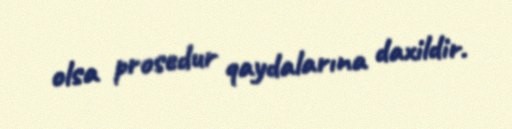
olsa prosedur qaydalarına daxildir.